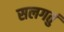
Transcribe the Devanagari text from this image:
सलगतुं